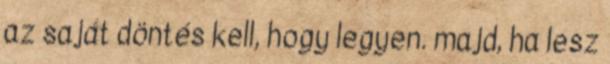
az saját döntés kell, hogy legyen. majd, ha lesz